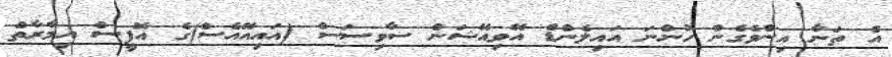
އެ ތަނާ އިންވެގެން ހުންނަ އައިލެންޑް އޭވިއޭޝަން ސާވިސަސް (އައިއޭއެސް)ގެ އޮފީސް އިމާރާތް